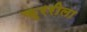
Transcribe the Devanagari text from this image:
कुररीला